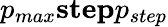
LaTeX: p_{max}\textbf{step}p_{step}